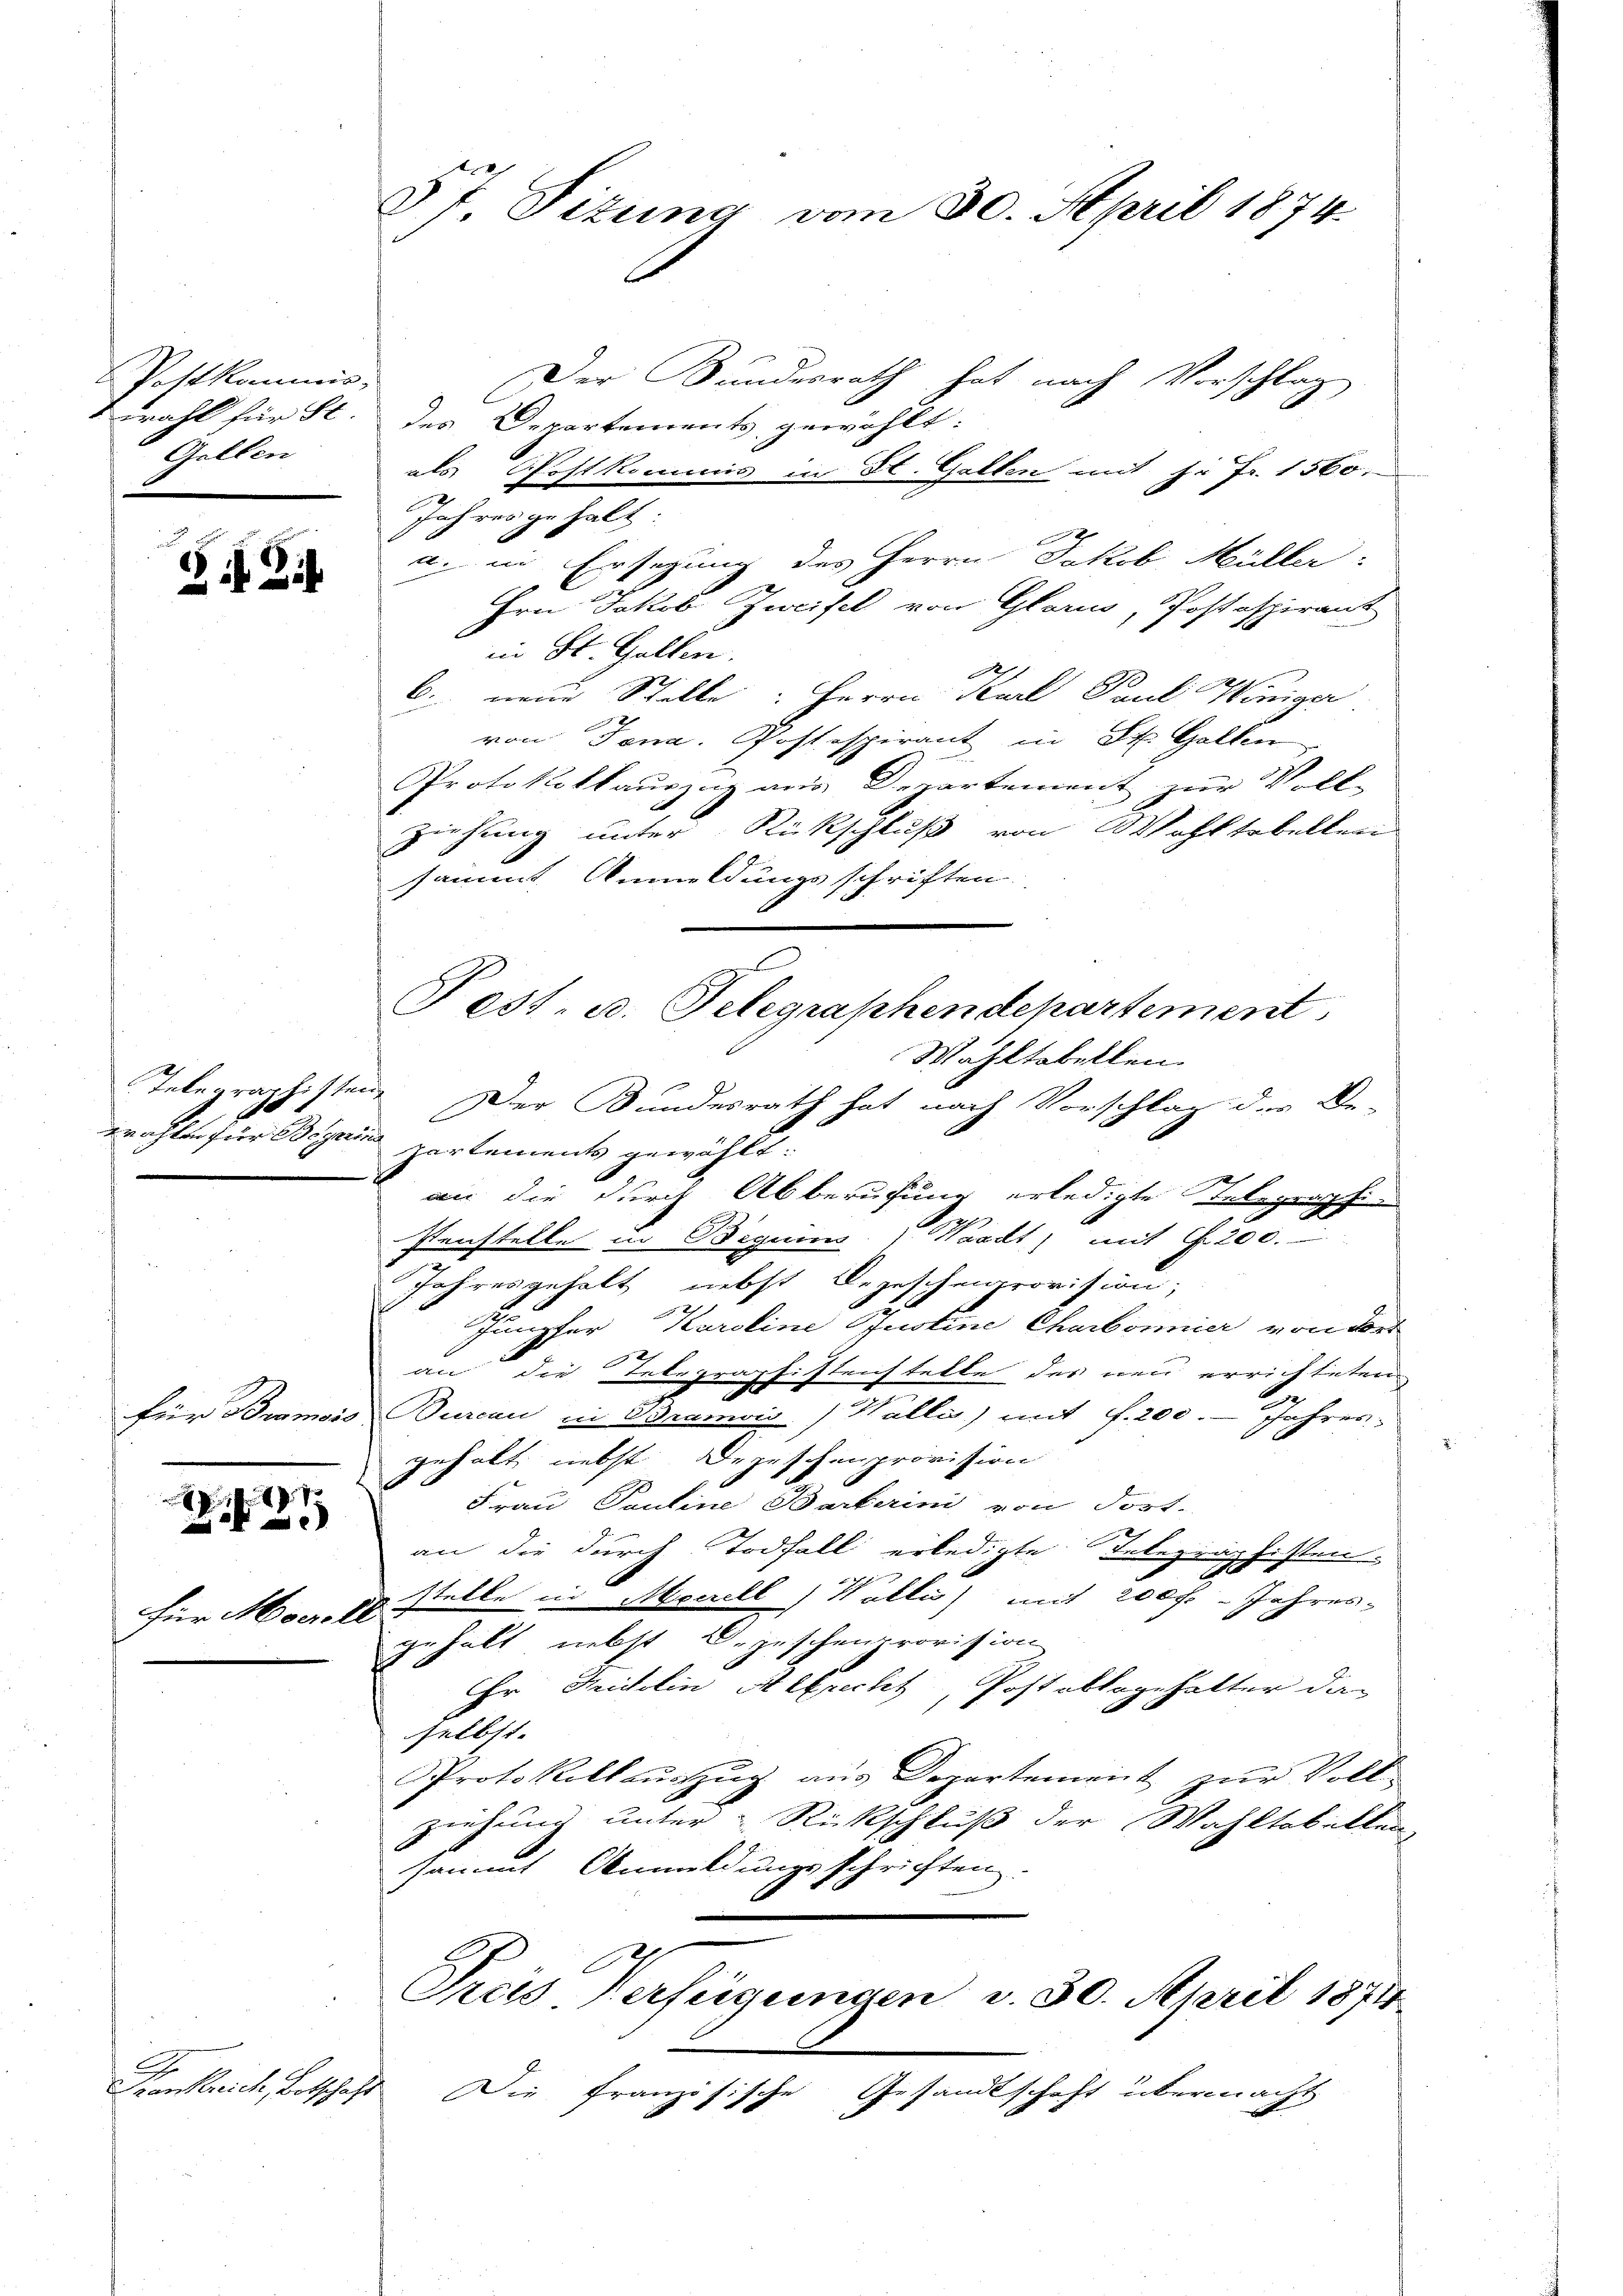
Postkommis-
Gellen

ZZil

für Bromai

7
i

für Mor. Ex

Krankreich, Entschaft

§7 Sizung vom 30. April 1874.

Fest, u. Telegraphendepartement

Der Bundesrath hat nach Vorschlag
wahl für St. des Departements gewählt:
als Postkommis in St. Gallen mit je Fr. 1560.
Jahres gehalt
a. in Ersezung des Herrn Jakob Müller:
Hrn. Jakob Zweifel von Glarus, Postspirant
in St. Gallern.
A.
b. neue Stelle: Herrn Karl Paul Winige
von Jena. Postespirant in St. Gallen
Protokokkaŭszŭg an Departement zŭr Voll-
ziehung unter Rückschluß von Wohltobellen
sammt Anmeldungsschriften

Wahltabellen.
Telegraphisten Der Bundesrath hat nach Vorschlag der Be-
wahlen für Boguine partement gewählt:
an die durch Abberufung erledigte Telegraphi
h
Penstelle in Beguins Waadt) mit §. 200.
Jahresgehalt nebst Depeschenprovision;
Junpfer Karoline Justine Charbonnier von dort
2
an die Erbegraphistenstelle des neu errichteten
E
urcan in Bramvis) Walle) mit f. 200. Jahres-
gehalt, nebst Depeschenprovision
Frau Pauline Barbarini von Fort-
an die durch Todfall erledigte Telegraphisten-
stelle in Meerell Wallis) mit 200 f. - Jahres-
gehält, nebst B. zuschenprovision
Er Quistolin Albrecht, Post oblagehalter da-
selbst.
Protokollauszug aus Departement zur Vollziehung unter Rückschluß der Wahltobelten
sammt Anmeldungsschrichten.
Preis Verfügungen v. 30. April 1871

Die französische Gesandtschaft übermacht